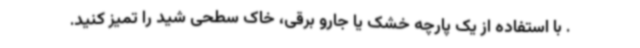
. با استفاده از یک پارچه خشک یا جارو برقی، خاک سطحی شید را تمیز کنید.